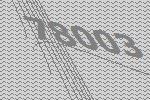
78003